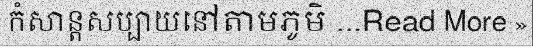
កំសាន្តសប្បាយនៅតាមភូមិ ...Read More »